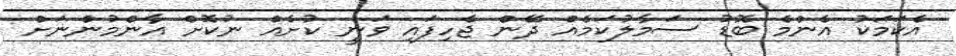
އެކަމަކު އެންމެ ބޮޑު ސަމާލުކަމެއް ދޭން ޖެހިފައި ވަނީ ކުށެއް ނުކޮށް އާންމުންނަށް